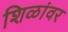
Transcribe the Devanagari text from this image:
शिळांवर